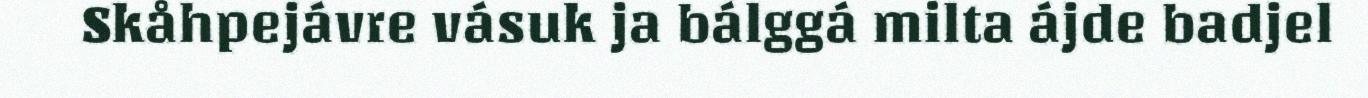
Skåhpejávre vásuk ja bálggá milta ájde badjel